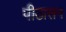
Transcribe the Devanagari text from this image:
पीठासन